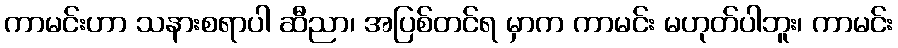
ကာမင်းဟာ သနားစရာပါ ဆီညာ၊ အပြစ်တင်ရ မှာက ကာမင်း မဟုတ်ပါဘူး၊ ကာမင်း